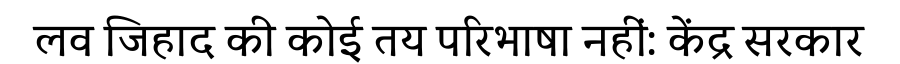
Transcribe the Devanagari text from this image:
लव जिहाद की कोई तय परिभाषा नहीं: केंद्र सरकार